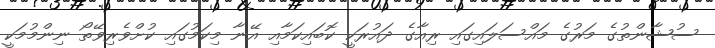
ސުޝާންތުގެ މަރުގެ މައްސަލައިގައި ރިއާގެ ދައުރަކީ ކޮބައިކަމާއި އޭނާ މިކަމުގައި ކުށްވެރިވޭތޯ ނިންމުމަކީ